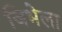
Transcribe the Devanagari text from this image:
जिभेला